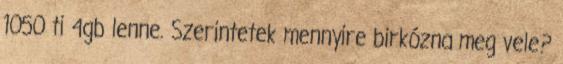
1050 ti 4gb lenne. Szerintetek mennyire birkózna meg vele?